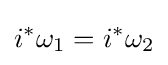
i^{*}\omega _{1}=i^{*}\omega _{2}